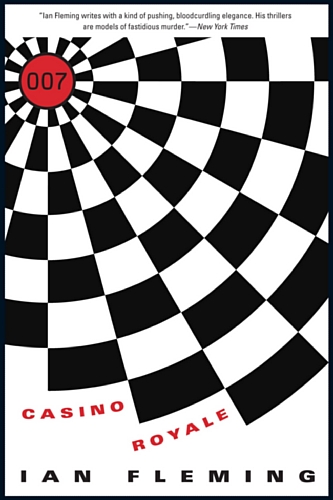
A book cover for Casino Royale (James Bond Series); Ian Fleming; Mystery, Thriller & Suspense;